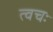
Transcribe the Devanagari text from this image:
त्वचः